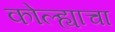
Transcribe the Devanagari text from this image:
कोल्ह्याचा